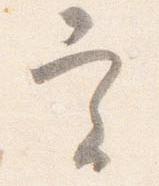
実